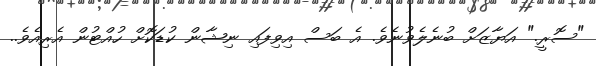
"ސޮރީ." އަޔާޒަށް ބުނެލެވުނެވެ. އެ ބަސް އިވިފައި ނިޝާން ކުޑަކޮށް ހުއްޓުން އެރިއެވެ..